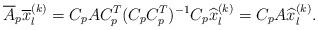
LaTeX: \begin{align*} \overline A_p \overline x_l^{(k)}=C_pAC_p^T(C_pC_p^T)^{-1}C_p\widehat x_l^{(k)}=C_pA\widehat x_l^{(k)}.\end{align*}